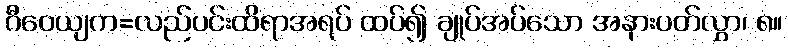
ဂီဝေယျက=လည်ပင်းထိရာအရပ် ထပ်၍ ချုပ်အပ်သော အနားပတ်လွှာ၊ ၈။